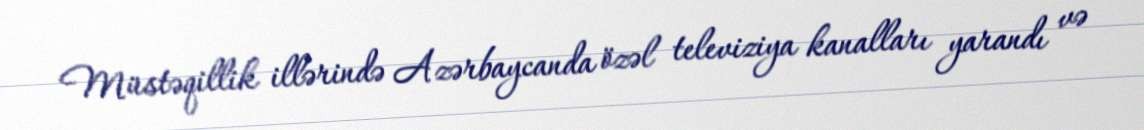
Müstəqillik illərində Azərbaycanda özəl televiziya kanalları yarandı və